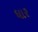
ધાર